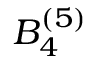
B _ { 4 } ^ { ( 5 ) }